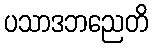
ပသာဒဘညေတိ